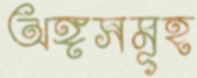
অঙ্গসমূহ